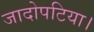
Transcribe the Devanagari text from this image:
जादोपटिया।